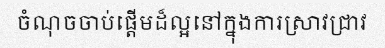
ចំណុចចាប់ផ្តើមដ៏ល្អនៅក្នុងការស្រាវជ្រាវ